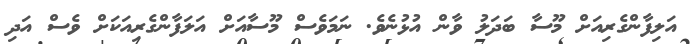
އަލިފާންގެރިއަށް މޫސާ ބަދަލު ވާން އުޅުނެވެ. ނަމަވެސް މޫސާއަށް އަލަފާންގެރިއަކަށް ވެސް އަދި